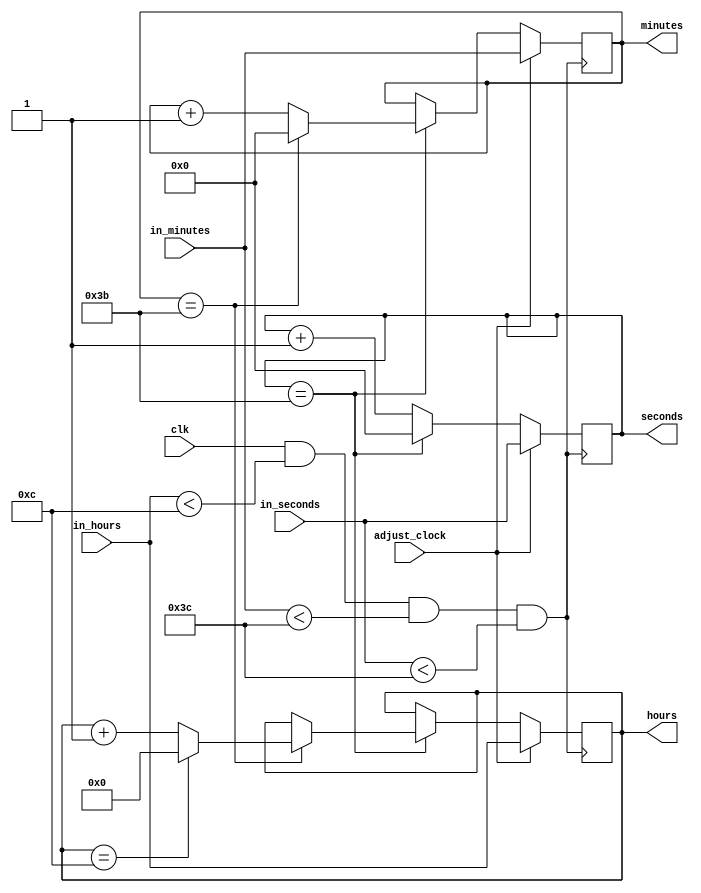
module digital_clock(
    input clk, adjust_clock,
    input[5:0]  in_minutes, in_seconds,
    input[3:0] in_hours,
    output reg[5:0]  minutes, seconds,
    output reg[3:0] hours
);

    always @(posedge clk && in_hours<12 && in_minutes<60 && in_seconds<60)
    begin
        if(adjust_clock)
        begin
            hours <= in_hours;
            minutes <= in_minutes;
            seconds <= in_seconds;
        end
        else
        begin
            if(seconds == 59)
            begin
                seconds <= 0;
                if(minutes == 59)
                begin
                    minutes <= 0;
                    if(hours == 12)
                        hours <= 0;
                    else
                        hours <= hours +1;
                end
                else
                    minutes <= minutes +1;
            end
            else
                seconds <= seconds +1;
        end
    end

endmodule